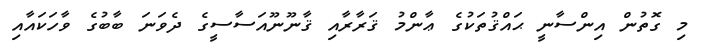
މި ގޮތުން އިންސާނީ ޙައްޤުތަކުގެ ޢާންމު ޤަރާރާއި ޤާނޫނޫއަސާސީގެ ދެވަނަ ބާބުގެ ވާހަކައާއި